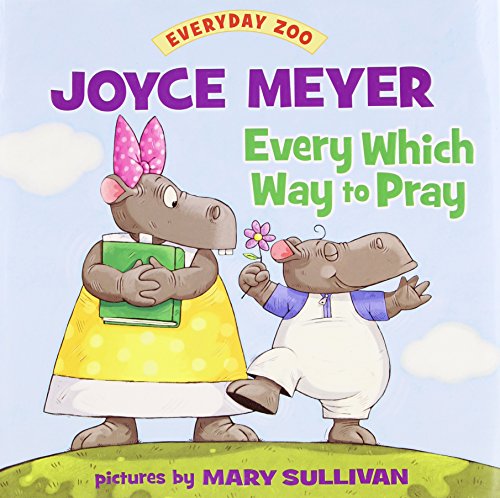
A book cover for Every Which Way to Pray (Everyday Zoo); Joyce Meyer; Christian Books & Bibles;